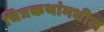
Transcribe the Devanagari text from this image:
चित्रकथांमधील